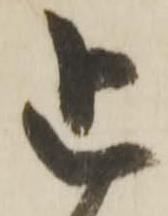
追